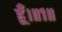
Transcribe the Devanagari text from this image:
हूँ।॥१॥